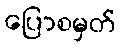
ပြောစမှတ်